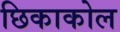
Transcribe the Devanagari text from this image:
छिकाकोल